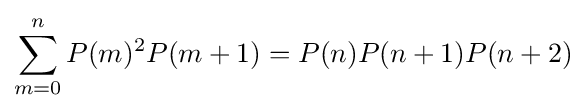
\sum _{m=0}^{n}P(m)^{2}P(m+1)=P(n)P(n+1)P(n+2)